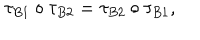
\tau _ { B 1 } \circ \tau _ { B 2 } = \tau _ { B 2 } \circ \tau _ { B 1 } ,